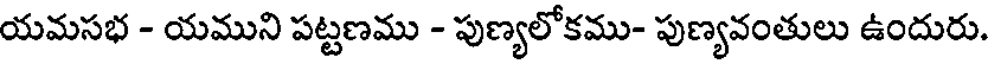
యమసభ - యముని పట్టణము - పుణ్యలోకము- పుణ్యవంతులు ఉందురు.